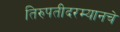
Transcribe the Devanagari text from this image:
तिरुपतीदरम्यानचे